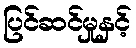
ပြင်ဆင်မှုနှင့်